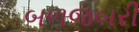
બળજબરી